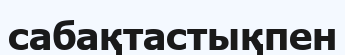
сабақтастықпен